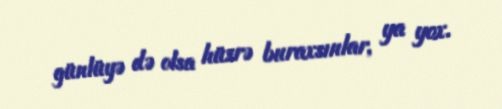
günlüyə də olsa hüzrə buraxsınlar, ya yox.